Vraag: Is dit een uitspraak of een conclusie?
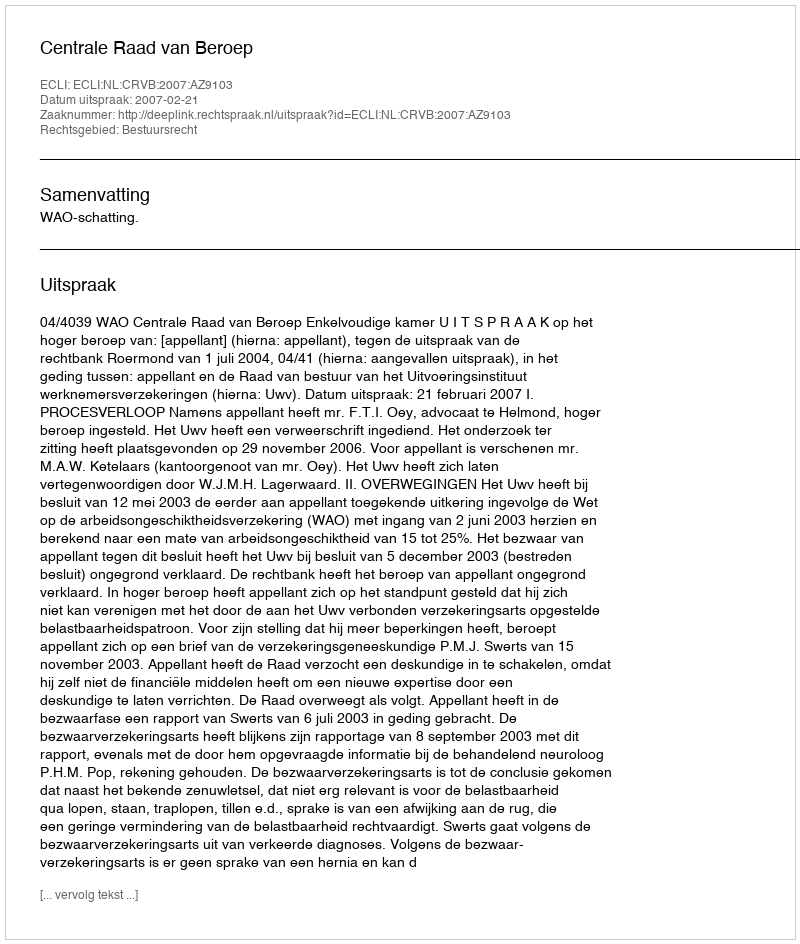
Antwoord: Uitspraak